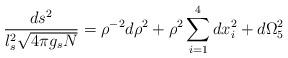
LaTeX: \begin{align*}{ds^2 \over l_s^2 \sqrt{4 \pi g_s N}} = \rho^{-2} d\rho^2 +\rho^2\sum_{i=1}^4 dx_i^2 + d \Omega_5^2\end{align*}